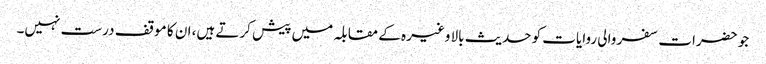
جو حضرات سفر والی روایات کو حدیث بالا وغیرہ کے مقابلہ میں پیش کرتے ہیں، ان کا موقف درست نہیں۔